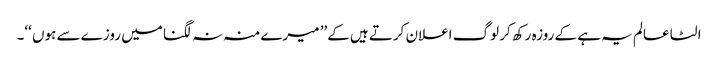
الٹا عالم یہ ہے کے روزہ رکھ کر لوگ اعلان کرتے ہیں کے’’ میرے منہ نہ لگنا میں روزے سے ہوں ‘‘۔